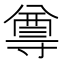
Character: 𭔿